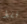
فقط